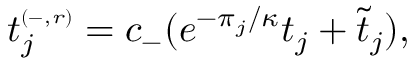
t _ { j } ^ { \scriptscriptstyle ( - , r ) } = c _ { - } ( e ^ { - \pi \o _ { j } / \kappa } t _ { j } + \widetilde { t } _ { j } ) ,